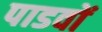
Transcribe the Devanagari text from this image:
पाडवों